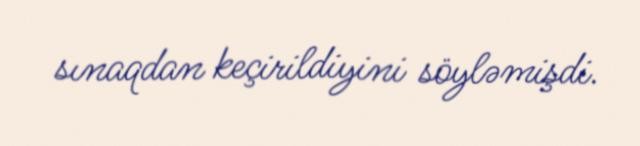
sınaqdan keçirildiyini söyləmişdi.